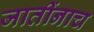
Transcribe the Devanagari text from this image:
जातींनाच